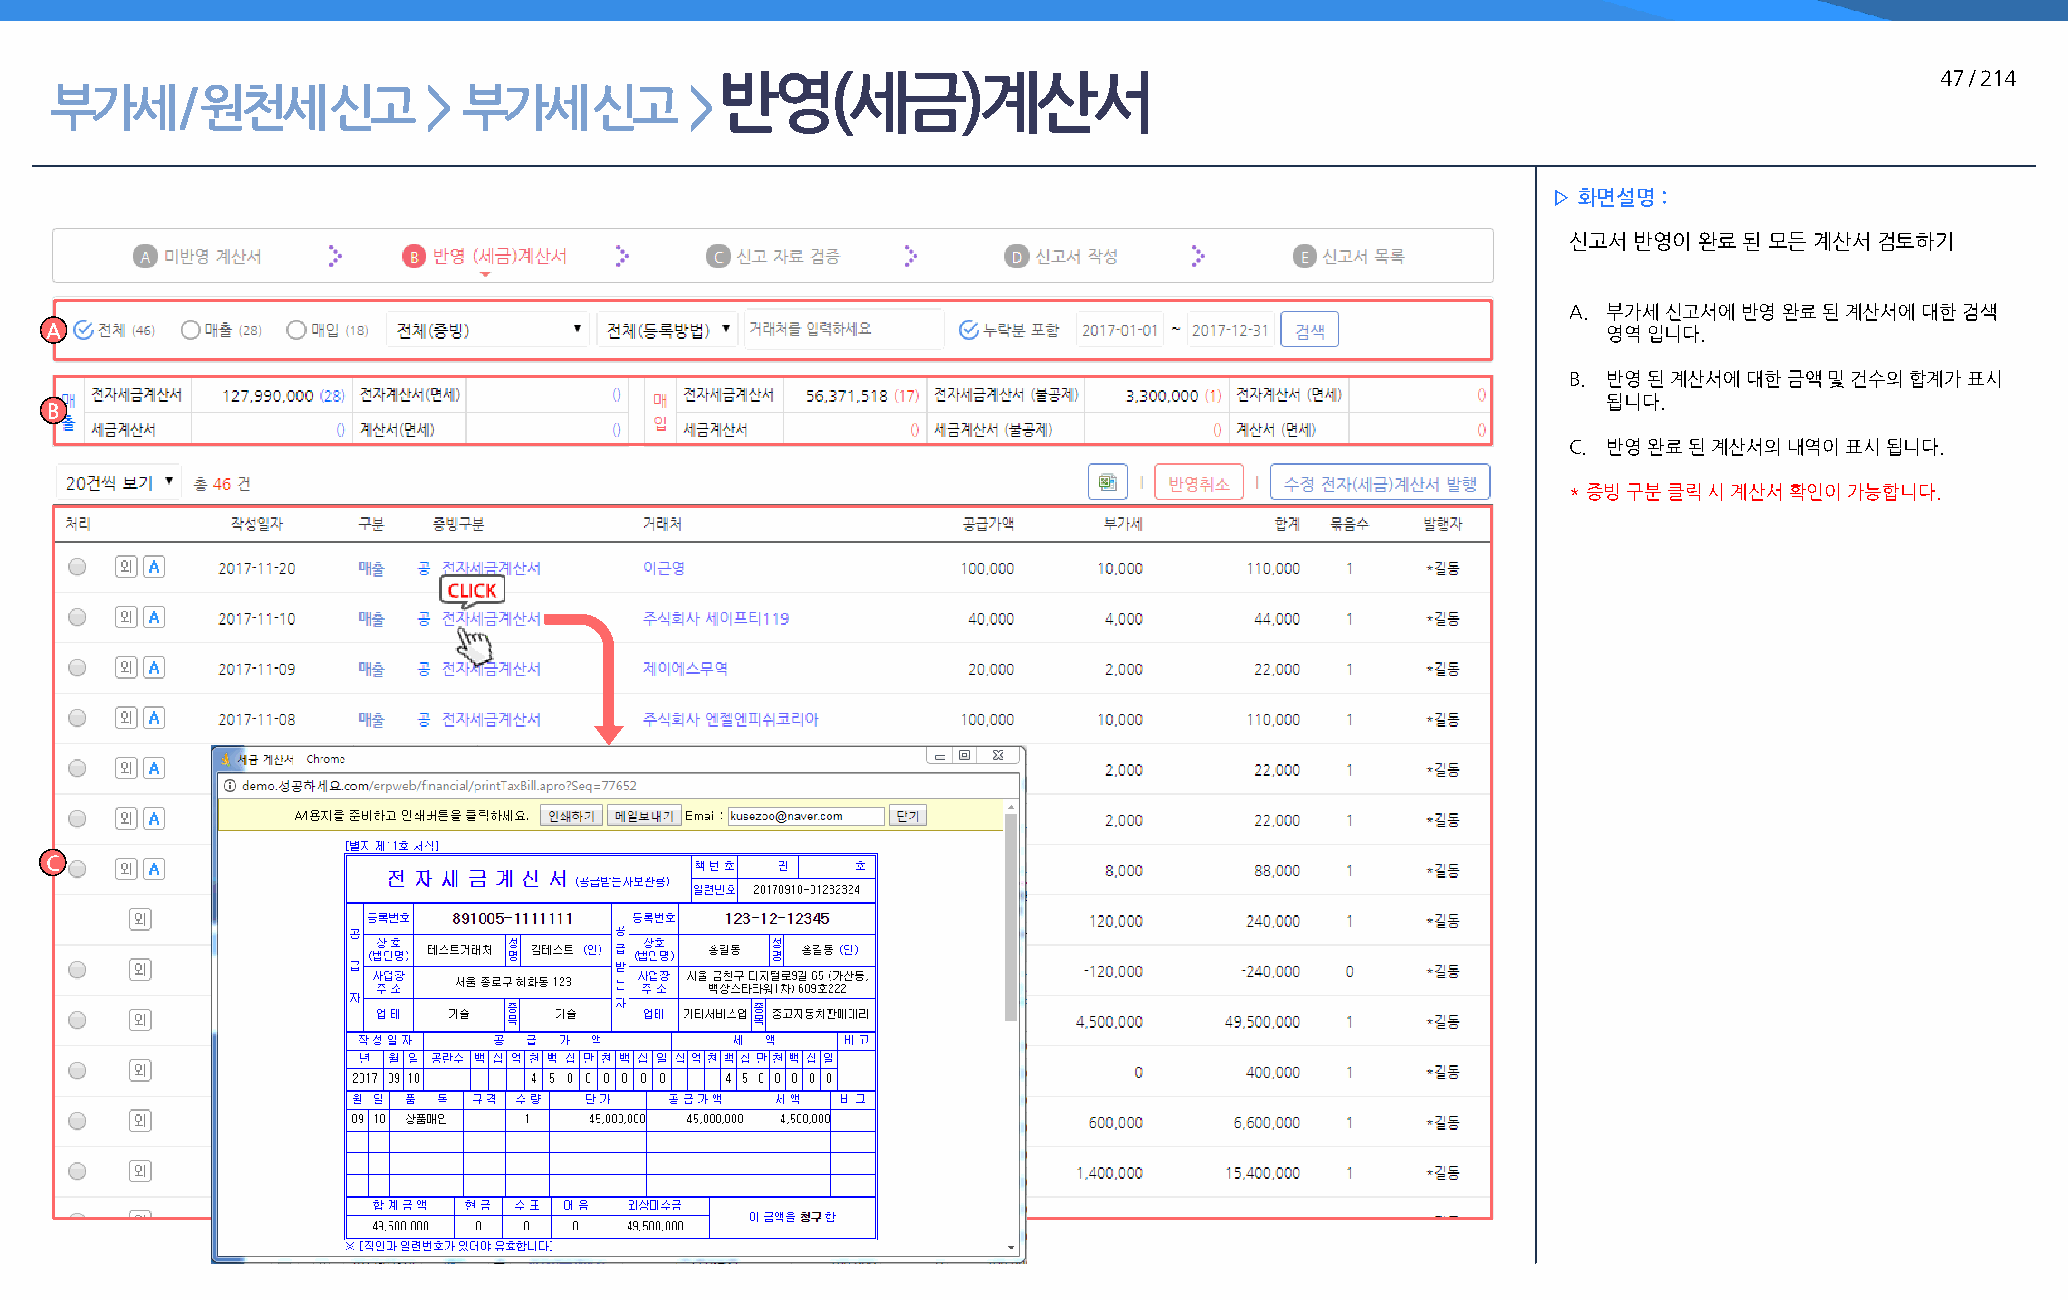
반영(세금)계산서                                                                        47 / 214
 부가세      / 원천세     신고    >  부가세     신고     >
 ▷ 화면설명 :
 신고서 반영이 완료 된 모든 계산서 검토하기
 A. 부가세 신고서에 반영 완료 된 계산서에 대한 검색
 A                                                                                                      영역 입니다.
 B. 반영 된 계산서에 대한 금액 및 건수의 합계가 표시
 됩니다.
 B
 C. 반영 완료 된 계산서의 내역이 표시 됩니다.
 * 증빙 구분 클릭 시 계산서 확인이 가능합니다.
 C